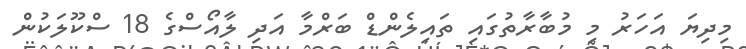
މިދިޔަ އަހަރު މި މުބާރާތުގައި ތައިލެންޑް ބަރްމާ އަދި ލާއޯސްގެ 18 ސްކޫލަކުން